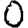
Digit: 0